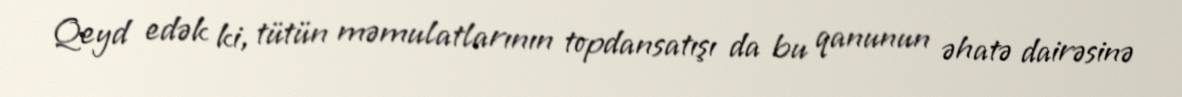
Qeyd edək ki, tütün məmulatlarının topdansatışı da bu qanunun əhatə dairəsinə